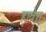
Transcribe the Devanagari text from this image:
हावेत्त